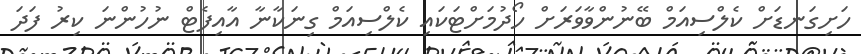
ހަށިގަނޑަށް ކެލްސިއަމް ބޭނުންވާވަރަށް ހޯދުމަށްޓަކައި ކެލްސިއަމް ގިނަކާނާ އާއިފެޓް ނުހުންނަ ކިރު ފަދަ